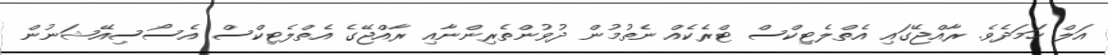
އަލް ހަމަދެވެ. ރާއްޖޭގައި އެތްލެޓިކްސް ޓްރެކެއް ނެތުމުން ދުވުންތެރިންނާއި ރާއްޖޭގެ އެތްލެޓިކްސް އެސޯސިއޭޝަނުން